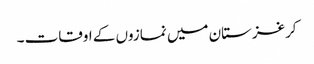
کرغزستان میں نمازوں کے اوقات ۔